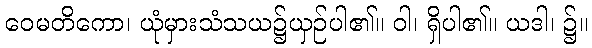
ဝေမတိကော၊ ယုံမှားသံသယ၌ယှဉ်ပါ၏။ ဝါ၊ ရှိပါ၏။ ယဒါ၊ ၌။